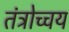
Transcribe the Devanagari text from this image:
तंत्रोच्चय